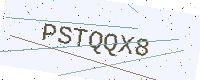
Text: PSTQQX8